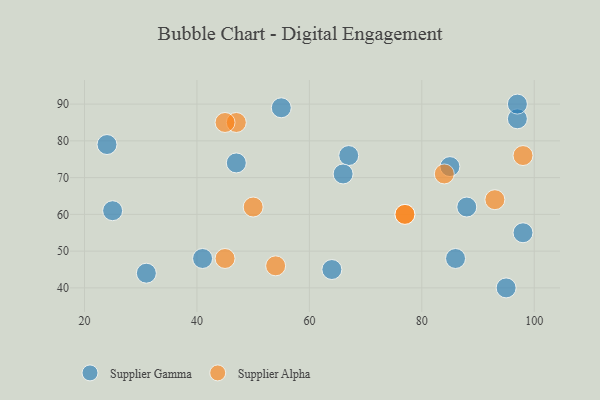
{"axis": {"x": "GDP", "y": "Life Expectancy"}, "legend": ["Supplier Alpha", "Supplier Gamma"], "data": [{"x": "31", "y": 44, "type": "Supplier Gamma"}, {"x": "47", "y": 74, "type": "Supplier Gamma"}, {"x": "88", "y": 62, "type": "Supplier Gamma"}, {"x": "67", "y": 76, "type": "Supplier Gamma"}, {"x": "66", "y": 71, "type": "Supplier Gamma"}, {"x": "95", "y": 40, "type": "Supplier Gamma"}, {"x": "25", "y": 61, "type": "Supplier Gamma"}, {"x": "85", "y": 73, "type": "Supplier Gamma"}, {"x": "98", "y": 55, "type": "Supplier Gamma"}, {"x": "86", "y": 48, "type": "Supplier Gamma"}, {"x": "24", "y": 79, "type": "Supplier Gamma"}, {"x": "97", "y": 86, "type": "Supplier Gamma"}, {"x": "97", "y": 90, "type": "Supplier Gamma"}, {"x": "55", "y": 89, "type": "Supplier Gamma"}, {"x": "41", "y": 48, "type": "Supplier Gamma"}, {"x": "64", "y": 45, "type": "Supplier Gamma"}, {"x": "84", "y": 71, "type": "Supplier Alpha"}, {"x": "47", "y": 85, "type": "Supplier Alpha"}, {"x": "98", "y": 76, "type": "Supplier Alpha"}, {"x": "77", "y": 60, "type": "Supplier Alpha"}, {"x": "54", "y": 46, "type": "Supplier Alpha"}, {"x": "50", "y": 62, "type": "Supplier Alpha"}, {"x": "45", "y": 48, "type": "Supplier Alpha"}, {"x": "93", "y": 64, "type": "Supplier Alpha"}, {"x": "77", "y": 60, "type": "Supplier Alpha"}, {"x": "45", "y": 85, "type": "Supplier Alpha"}]}